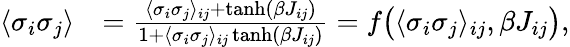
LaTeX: \begin{array}{rl}{\langle\sigma_{i}\sigma_{j}\rangle}&{=\frac{\langle\sigma_{i}\sigma_{j}\rangle_{ij}+\operatorname{tanh}(\beta J_{ij})}{1+\langle\sigma_{i}\sigma_{j}\rangle_{ij}\operatorname{tanh}(\beta J_{ij})}=f\bigl(\langle\sigma_{i}\sigma_{j}\rangle_{ij},\beta J_{ij}\bigr),}\end{array}